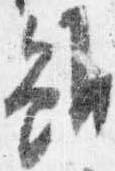
雖